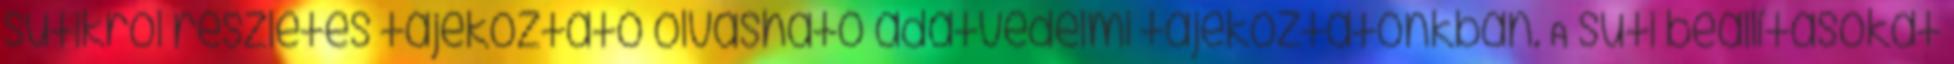
sütikről részletes tájékoztató olvasható adatvédelmi tájékoztatónkban. A süti beállításokat